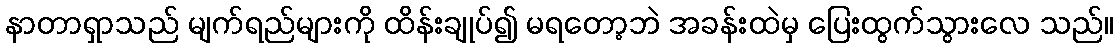
နာတာရှာသည် မျက်ရည်များကို ထိန်းချုပ်၍ မရတော့ဘဲ အခန်းထဲမှ ပြေးထွက်သွားလေ သည်။